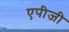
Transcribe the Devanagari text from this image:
एपीजी